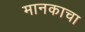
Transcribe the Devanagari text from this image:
मानकाचा